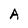
Character: A